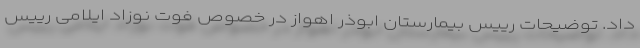
داد. توضیحات رییس بیمارستان ابوذر اهواز در خصوص فوت نوزاد ایلامی رییس